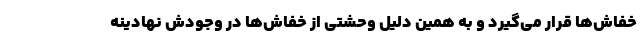
خفاش‌ها قرار می‌گیرد و به همین دلیل وحشتی از خفاش‌ها در وجودش نهادینه